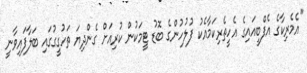
"އެމެރިކާގެ އެފްބީއައިގެ އެހީތެރިކަމާއެކު ފުލުހުންގެ ބޮޑު ޓީމަކުން ކުރިއަށް ގެންދިޔަ ތަހުގީގުގައި ބަލާފައިވާނީ